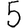
Digit: 5